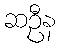
ဆဦန